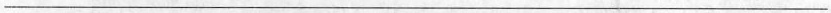
___